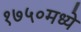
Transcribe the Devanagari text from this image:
१७५०मध्ये